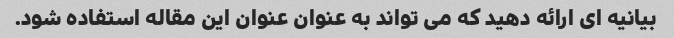
بیانیه ای ارائه دهید که می تواند به عنوان عنوان این مقاله استفاده شود.